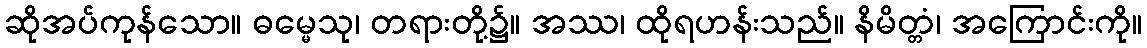
ဆိုအပ်ကုန်သော။ ဓမ္မေသု၊ တရားတို့၌။ အဿ၊ ထိုရဟန်းသည်။ နိမိတ္တံ၊ အကြောင်းကို။